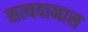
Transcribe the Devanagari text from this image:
सत्यवानास